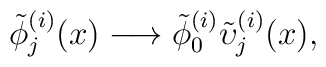
\tilde{\phi}^{(i)}_j(x) \longrightarrow \tilde{\phi}^{(i)}_0    \tilde{\upsilon}^{(i)}_j(x),